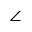
\angle